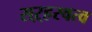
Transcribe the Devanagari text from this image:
सऱ्हस्वत्व